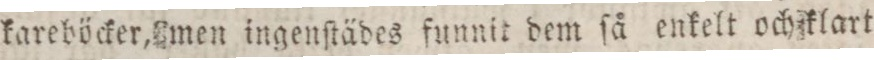
kareböcker, men ingenſtädes funnit dem ſå enkelt och klart